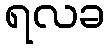
ရလခ